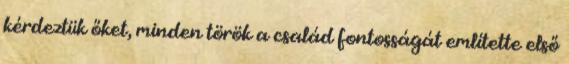
kérdeztük őket, minden török a család fontosságát említette első